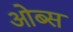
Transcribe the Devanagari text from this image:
ओब्स